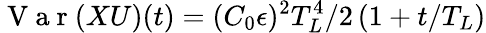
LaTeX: \mathrm{~V~a~r~}(XU)(t)=(C_{0}\epsilon)^{2}T_{L}^{4}/2\, (1+t/T_{L})